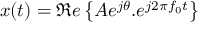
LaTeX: x ( t ) = \Re e \left\{ A e ^ { j \theta } . e ^ { j 2 \pi f _ { 0 } t } \right\}